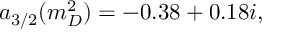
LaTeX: a _ { 3 / 2 } ( m _ { D } ^ { 2 } ) = - 0 . 3 8 + 0 . 1 8 i ,